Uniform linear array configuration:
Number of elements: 8
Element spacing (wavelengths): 1
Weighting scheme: uniform
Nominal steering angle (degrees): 60
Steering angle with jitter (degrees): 58.364
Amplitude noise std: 0.05
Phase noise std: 0.05

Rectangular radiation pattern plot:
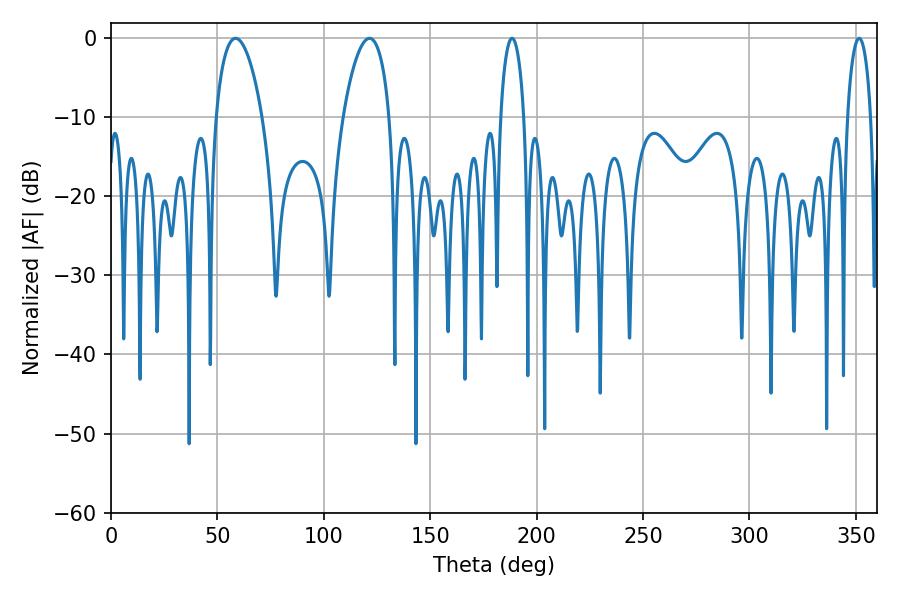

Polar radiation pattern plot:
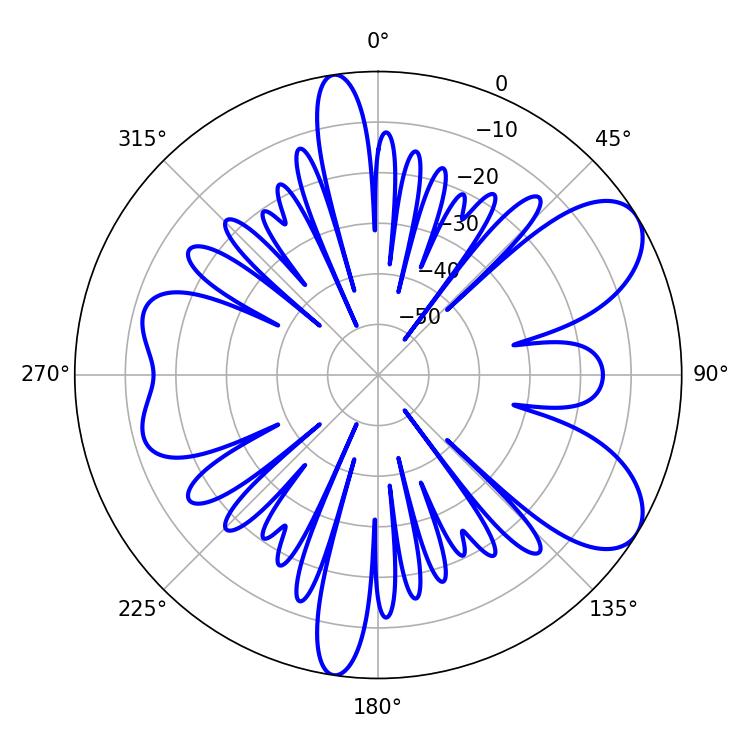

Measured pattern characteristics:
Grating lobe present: TRUE
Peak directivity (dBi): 7.941
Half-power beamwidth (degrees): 6.3
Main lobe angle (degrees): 188.46